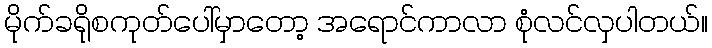
မိုက်ခရိုစကုတ်ပေါ်မှာတော့ အရောင်ကာလာ စုံလင်လှပါတယ်။